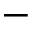
-